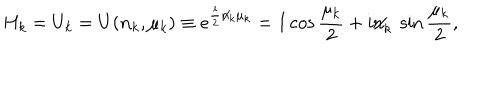
LaTeX: H _ { k } = U _ { k } = U ( { \bf n } _ { k } , \mu _ { k } ) \equiv e ^ { \frac i 2 \not { n } _ { k } \mu _ { k } } = I \cos { \frac { \mu _ { k } } 2 } + i { { \not \! \! n } _ { k } } ~ \sin { \frac { \mu _ { k } } 2 } ,